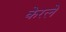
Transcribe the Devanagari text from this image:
केरले